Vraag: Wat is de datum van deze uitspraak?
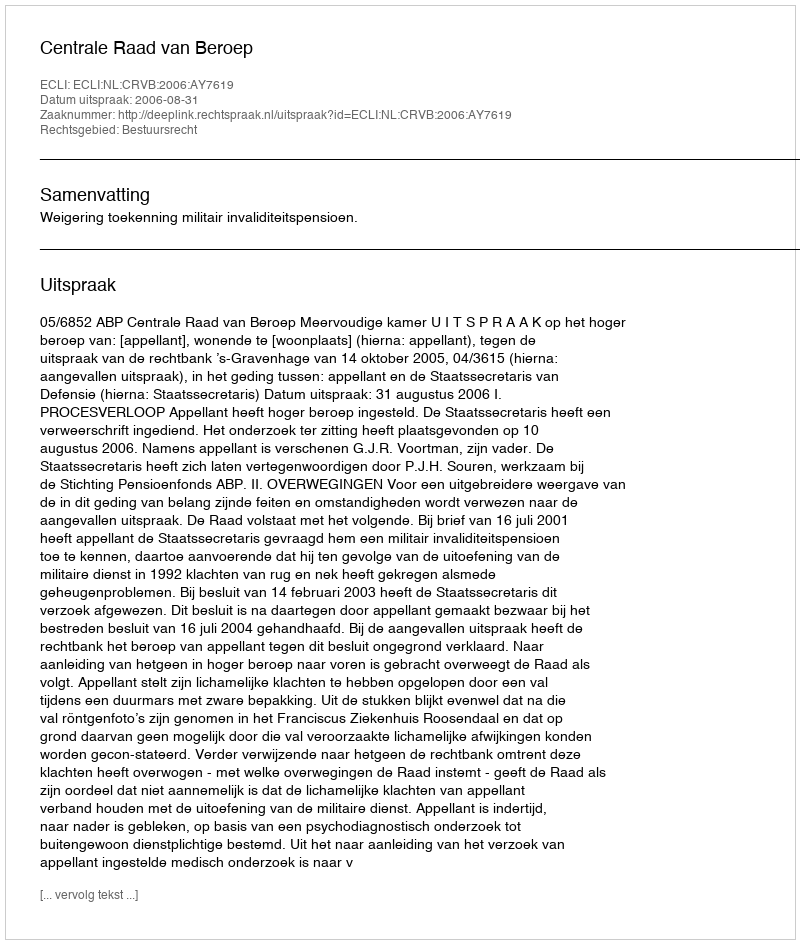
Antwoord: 2006-08-31